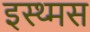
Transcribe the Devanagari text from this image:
इस्थ्मस